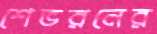
শেভরনের